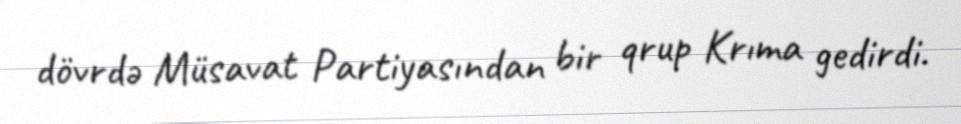
dövrdə Müsavat Partiyasından bir qrup Krıma gedirdi.